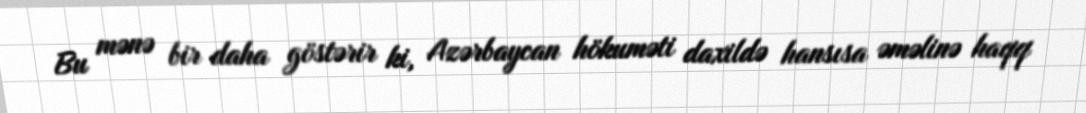
Bu mənə bir daha göstərir ki, Azərbaycan hökuməti daxildə hansısa əməlinə haqq